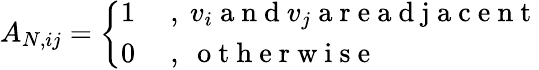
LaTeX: A_{N,ij}=\left\{ \begin{array}{ll}{1}&{\mathrm{~,~}v_{i}\mathrm{~a~n~d~}v_{j}\mathrm{~a~r~e~a~d~j~a~c~e~n~t~}}\\ {0}&{\mathrm{~,~}\mathrm{~o~t~h~e~r~w~i~s~e~}}\end{array}\right.